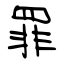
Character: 罪